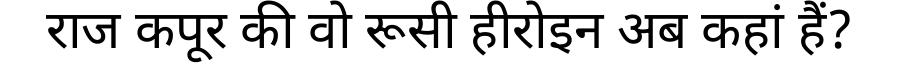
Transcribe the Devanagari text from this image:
राज कपूर की वो रूसी हीरोइन अब कहां हैं?